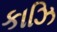
કાઝિ